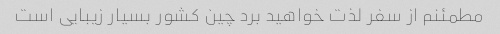
مطمئنم از سفر لذت خواهید برد چین کشور بسیار زیبایی است